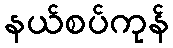
နယ်စပ်ကုန်